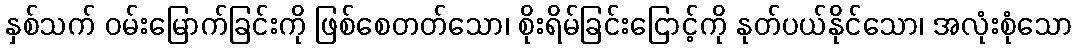
နှစ်သက် ဝမ်းမြောက်ခြင်းကို ဖြစ်စေတတ်သော၊ စိုးရိမ်ခြင်းငြောင့်ကို နုတ်ပယ်နိုင်သော၊ အလုံးစုံသော